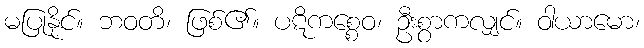
မပြုနိုင်။ ဘဝတိ၊ ဖြစ်၏။ ပဋိကစ္စေဝ၊ ဦးစွာကလျှင်။ ဝါယာမော၊